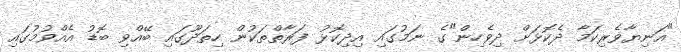
"އަނިޔާވެރިކަމާ ދެކޮޅަށް ދިވެހިން"ގެ ނަމުގައި އިދިކޮޅު ފަރާތްތަކުން ހިތަދޫގައި ބޭއްވި ބޮޑު އެއްވުމުގައި